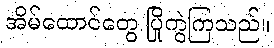
အိမ်ထောင်တွေ ပြိုကွဲကြသည်။